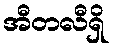
အီတလီရှိ